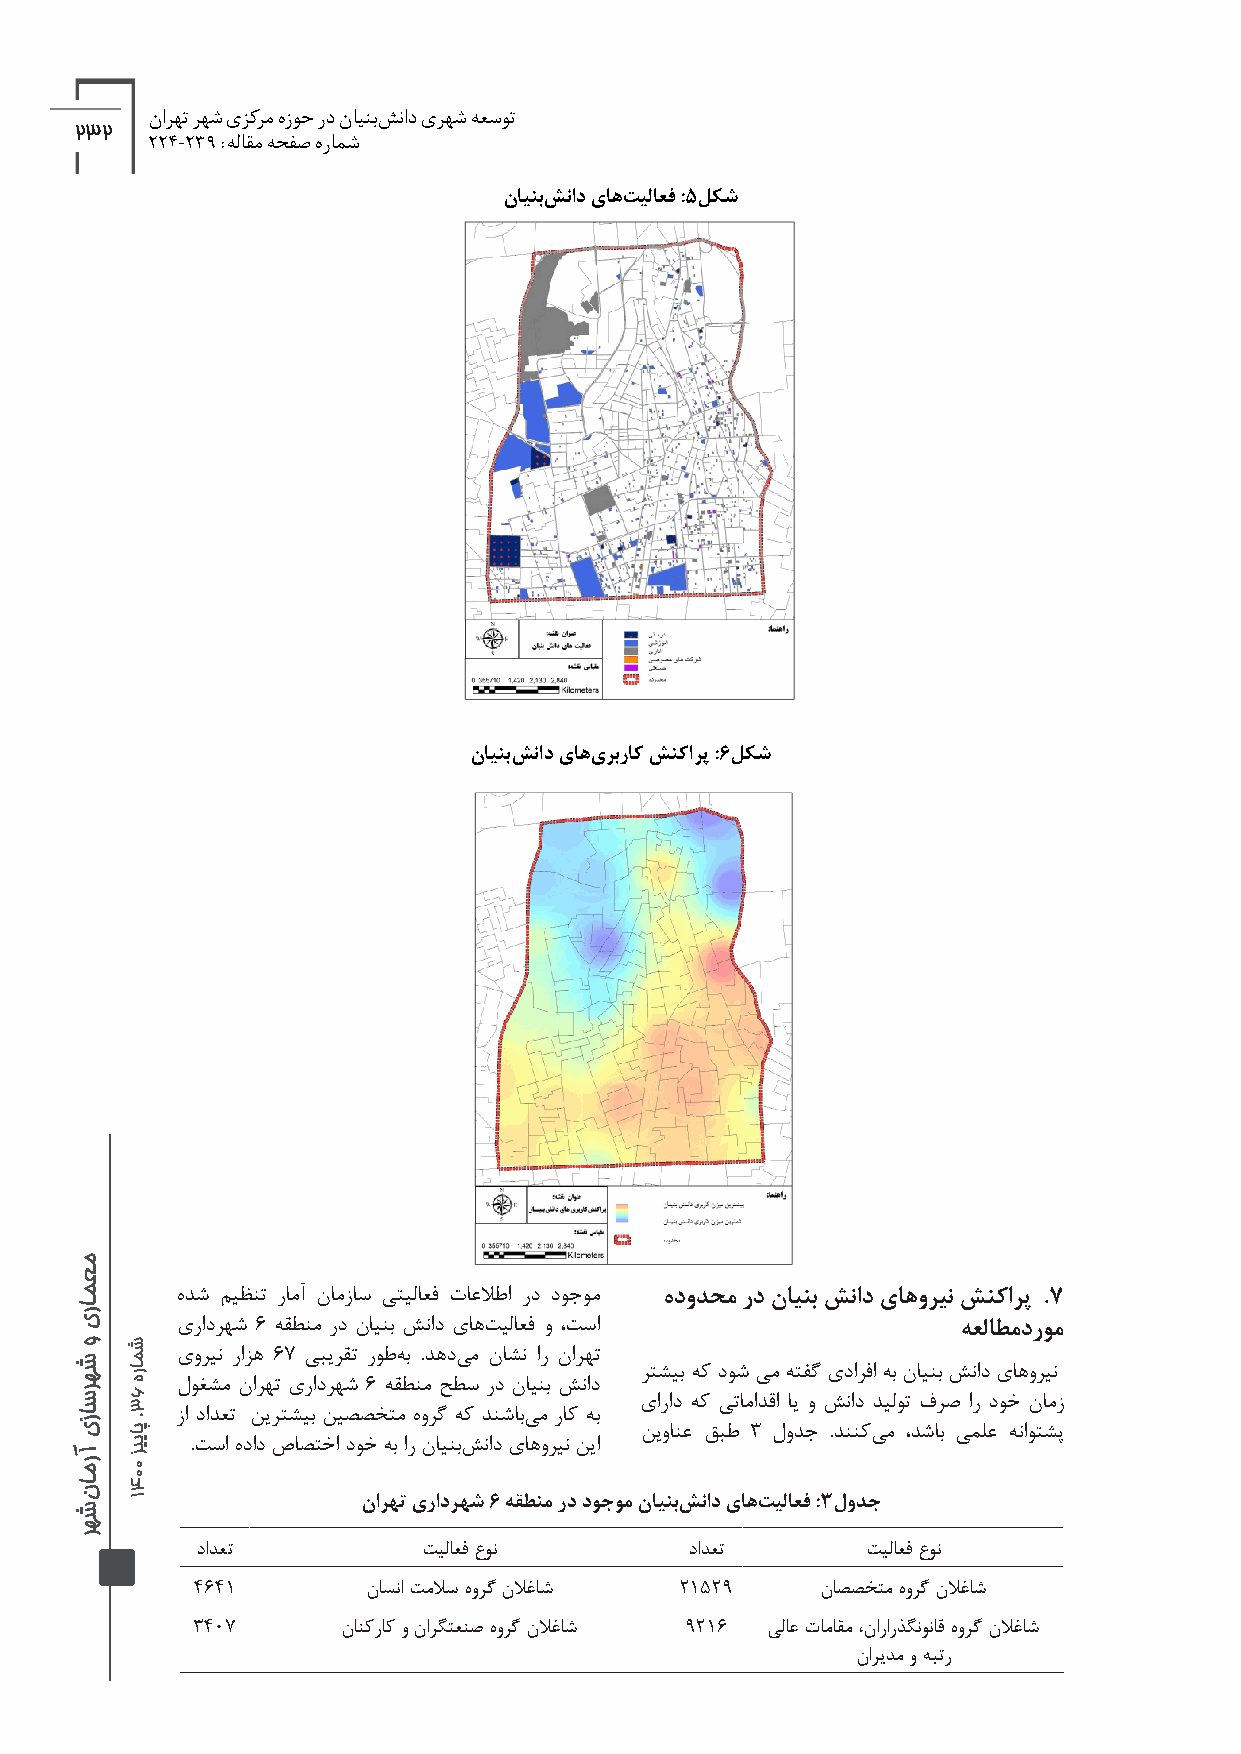
نارهت رهش یزکرم هزوح رد ناینبش ناد یرهش هعسوت
 232
 224-239 :هلاقم هحفص هرامش
 ناینب شناد یاه تیلاعف :5لکش
 ناینب شناد یاه یربراک شنکارپ :6لکش
 هدش میظنت رامآ نامزاس یتیلاعف تاعلاطا رد دوجوم هدودحم رد ناینب شناد یاهورین شنکارپ .7
 یرادرهش 6 هقطنم رد ناینب شناد یاه تیلاعف و ،تسا     هعلاطم دروم
 یورین رازه 67 یبیرقت روط هب .دهد یم ناشن ار نارهت
 رتشیب هک دوش یم هتفگ یدارفا هب ناینب شناد یاهورین
 لوغشم نارهت یرادرهش 6 هقطنم حطس رد ناینب شناد
 یاراد هک یتامادقا ای و شناد دیلوت فرص ار دوخ نامز
 زا دادعت نیرتشیب نیصصختم هورگ هک دنشاب یم راک هب
 نیوانع قبط 3 لودج .دننکی م ،دشاب یملع هناوتشپ
 .تسا هداد صاصتخا دوخ هب ار ناینب شناد یاهورین نیا
 نارهت یرادرهش 6 هقطنم رد دوجوم ناینب شناد یاه تیلاعف :3لودج
 دادعت          تیلاعف عون        دادعت      تیلاعف عون
 4641       ناسنا تملاس هورگ نلاغاش 21529 ناصصختم هورگ نلاغاش
 3407      نانکراک و نارگتعنص هورگ نلاغاش 9216 یلاع تاماقم ،نارارذگنوناق هورگ نلاغاش
 ناریدم و هبتر
 معماری‌و‌شهرسازی‌آرمان‌شهر
 ‌‌شماره‌63.‌پاییز‌0041